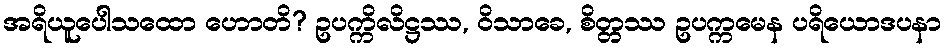
အရိယူပေါသထော ဟောတိ? ဥပက္ကိလိဋ္ဌဿ, ဝိသာခေ, စိတ္တဿ ဥပက္ကမေန ပရိယောဒပနာ